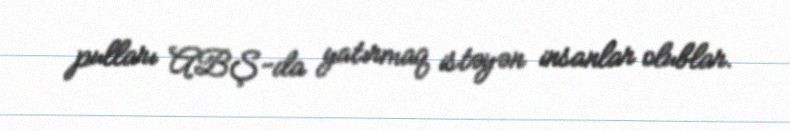
pulları ABŞ-da yatırmaq istəyən insanlar olublar.